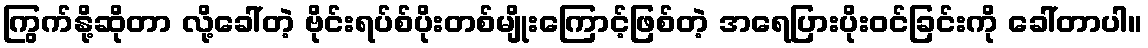
ကြွက်နို့ဆိုတာ လို့ခေါ်တဲ့ ဗိုင်းရပ်စ်ပိုးတစ်မျိုးကြောင့်ဖြစ်တဲ့ အရေပြားပိုးဝင်ခြင်းကို ခေါ်တာပါ။